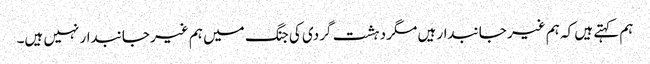
ہم کہتے ہیں کہ ہم غیر جانبدار ہیں مگر دہشت گردی کی جنگ میں ہم غیر جانبدار نہیں ہیں۔